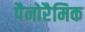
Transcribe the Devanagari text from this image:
पैनोरैमिक